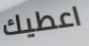
اعطيك